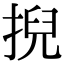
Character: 掜